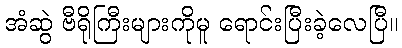
အံဆွဲ ဗီရိုကြီးများကိုမူ ရောင်းပြီးခဲ့လေပြီ။